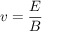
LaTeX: v = { \frac { E } { B } }